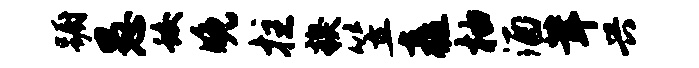
蹰愚蛟晚拄糗笠矗柚酒茸兴